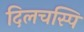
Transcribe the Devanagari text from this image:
दिलचस्पि